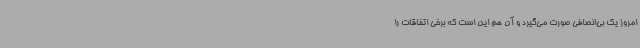
امروز یک بی‌انصافی صورت می‌گیرد و آن هم این است که برخی اتفاقات را